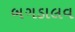
બગડાલવ